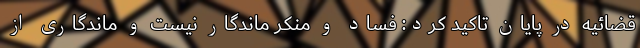
قضائیه در پایان تاکید کرد: فساد و منکر ماندگار نیست و ماندگاری از